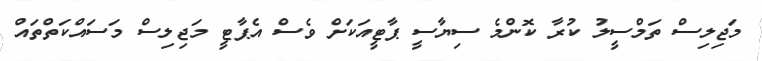
މަޖިލިސް ތަމްސީލު ކުރާ ކޮންމެ ސިޔާސީ ޕާޓީއަކަށް ވެސް އެޕާޓީ މަޖިލިސް މަސައްކަތްތައް